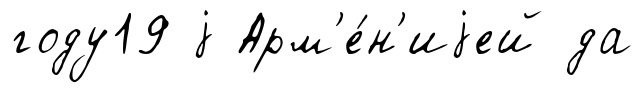
году19 j Арм'е́н'иjей да